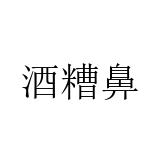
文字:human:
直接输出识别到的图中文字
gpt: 酒糟鼻